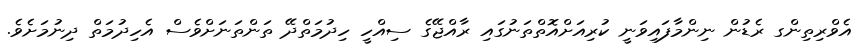
އެވްރިތިންގ ރެޑުން ނިންމާފައިވަނީ ކުރިއަށްއޮތްތަނުގައި ރާއްޖޭގެ ސިއްހީ ހިދުމަތްދޭ ތަންތަނަށްވެސް އެހިދުމަތް ދިނުމަށެވެ.